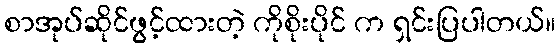
စာအုပ်ဆိုင်ဖွင့်ထားတဲ့ ကိုစိုးပိုင် က ရှင်းပြပါတယ်။